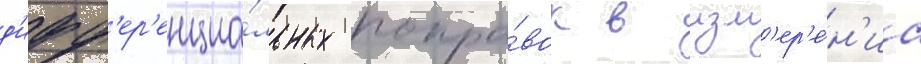
д'ифф'ер'енциа́льных попра́вок в изм'ер'е́н'иа